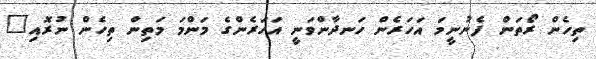
ތިހެން ރޯތަން ފެނުނީމަ އަހަރެން ހަނދާންވަނީ އަހަރެންގެ މަންމަ މަތިން ތިހެން ނުރޮއި"